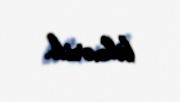
bilmərik.